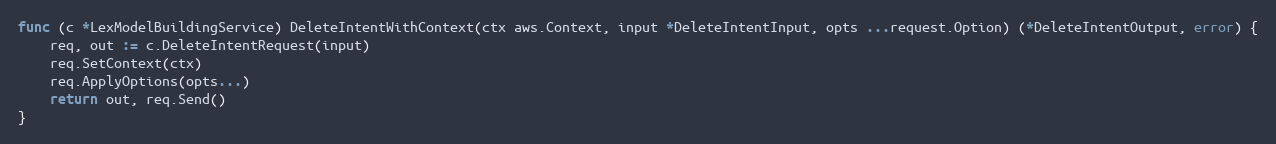
Language: Go
func (c *LexModelBuildingService) DeleteIntentWithContext(ctx aws.Context, input *DeleteIntentInput, opts ...request.Option) (*DeleteIntentOutput, error) {
	req, out := c.DeleteIntentRequest(input)
	req.SetContext(ctx)
	req.ApplyOptions(opts...)
	return out, req.Send()
}